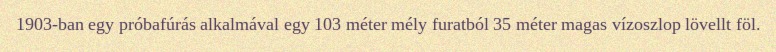
1903-ban egy próbafúrás alkalmával egy 103 méter mély furatból 35 méter magas vízoszlop lövellt föl.